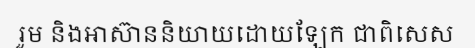
រួម និងអាស៊ាននិយាយដោយឡែក ជាពិសេស